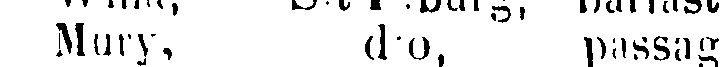
Mury, d:o, passag